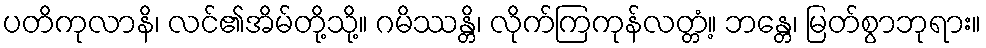
ပတိကုလာနိ၊ လင်၏အိမ်တို့သို့။ ဂမိဿန္တိ၊ လိုက်ကြကုန်လတ္တံ့။ ဘန္တေ၊ မြတ်စွာဘုရား။